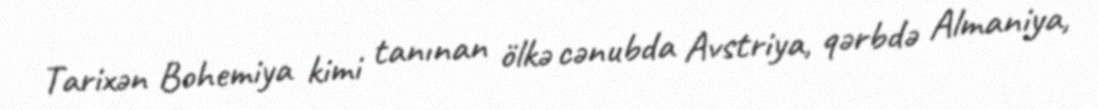
Tarixən Bohemiya kimi tanınan ölkə cənubda Avstriya, qərbdə Almaniya,